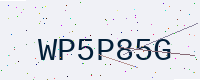
Text: WP5P85G